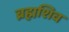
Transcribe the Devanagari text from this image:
ब्रह्मशिव